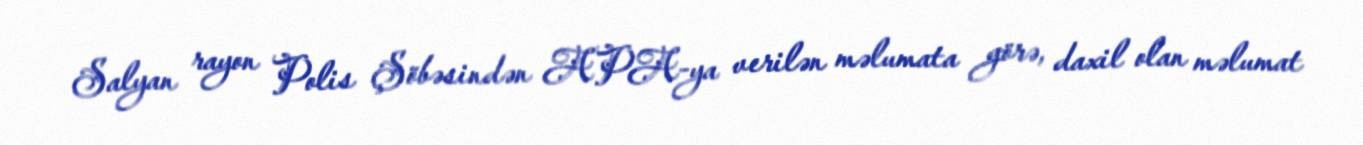
Salyan rayon Polis Şöbəsindən APA-ya verilən məlumata görə, daxil olan məlumat